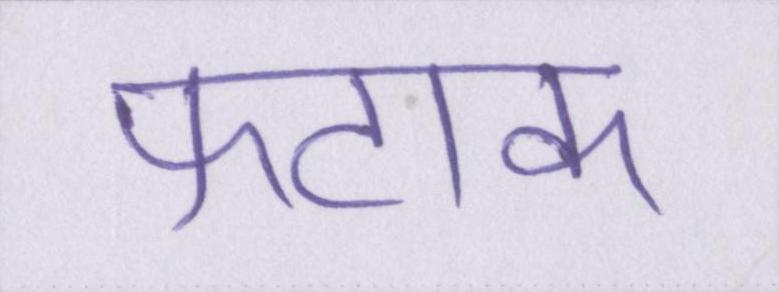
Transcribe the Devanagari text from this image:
फटाक